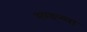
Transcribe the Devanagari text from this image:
आङ्ग्ला